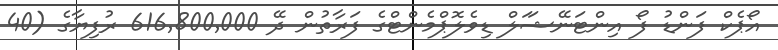
އޯޕެކް ފަންޑު ފޯ އިންޓަނޭޝަަލް ޑިވެލޮޕްމެންޓްގެ ފަރާތުން ދޭ 616